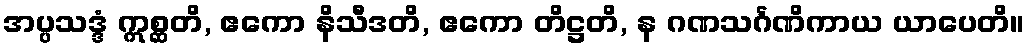
အပ္ပသဒ္ဒံ ဣစ္ဆတိ, ဧကော နိသီဒတိ, ဧကော တိဋ္ဌတိ, န ဂဏသင်္ဂဏိကာယ ယာပေတိ။